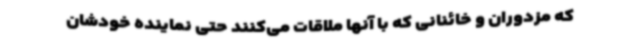
که مزدوران و خائنانی که با آنها ملاقات می‌کنند حتی نماینده خودشان